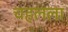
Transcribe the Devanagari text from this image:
चहलला